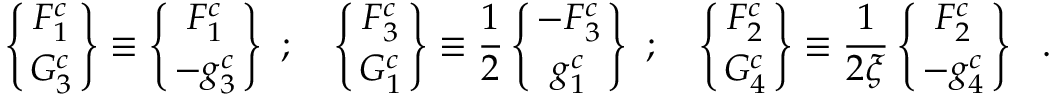
\left\{ { { \cal { F } } _ { 1 } ^ { c } \atop { \cal { G } } _ { 3 } ^ { c } } \right\} \equiv \left\{ { F _ { 1 } ^ { c } \atop { - g _ { 3 } ^ { c } } } \right\} \ ; \ \ \ \left\{ { { \cal { F } } _ { 3 } ^ { c } \atop { \cal { G } } _ { 1 } ^ { c } } \right\} \equiv \frac { 1 } { 2 } \left\{ { { - F _ { 3 } ^ { c } } \atop g _ { 1 } ^ { c } } \right\} \ ; \ \ \ \left\{ { { \cal { F } } _ { 2 } ^ { c } \atop { \cal { G } } _ { 4 } ^ { c } } \right\} \equiv \frac { 1 } { 2 \xi } \left\{ { F _ { 2 } ^ { c } \atop { - g _ { 4 } ^ { c } } } \right\} \ \ .